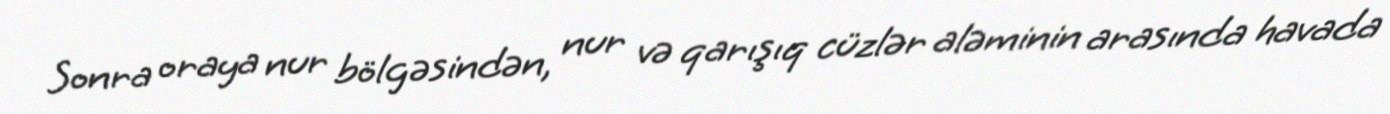
Sonra oraya nur bölgəsindən, nur və qarışıq cüzlər aləminin arasında havada